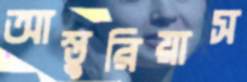
আস্তুরিয়াস